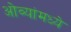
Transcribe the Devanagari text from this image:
ओव्यांमध्ये